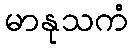
မာနုသကံ